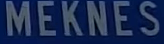
MEKNES